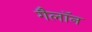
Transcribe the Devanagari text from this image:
गैलॉन